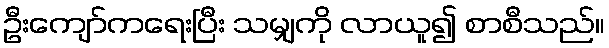
ဦးကျော်ကရေးပြီး သမျှကို လာယူ၍ စာစီသည်။